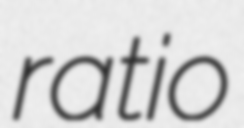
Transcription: ratio